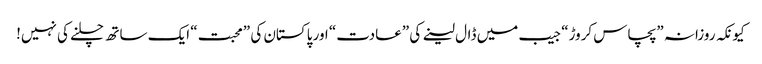
کیونکہ روزانہ ”پچاس کروڑ“ جیب میں ڈال لینے کی ”عادت“ اور پاکستان کی ”محبت“ ایک ساتھ چلنے کی نہیں!